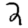
Digit: 2